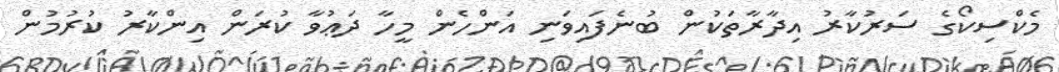
މެކްސިކޯގެ ސަރުކާރު އިދާރާތަކުން ބުނެފައިވަނި އަންހެން މީހާ ދަޢުވާ ކުރަން އިންކާރު ކުރުމުން